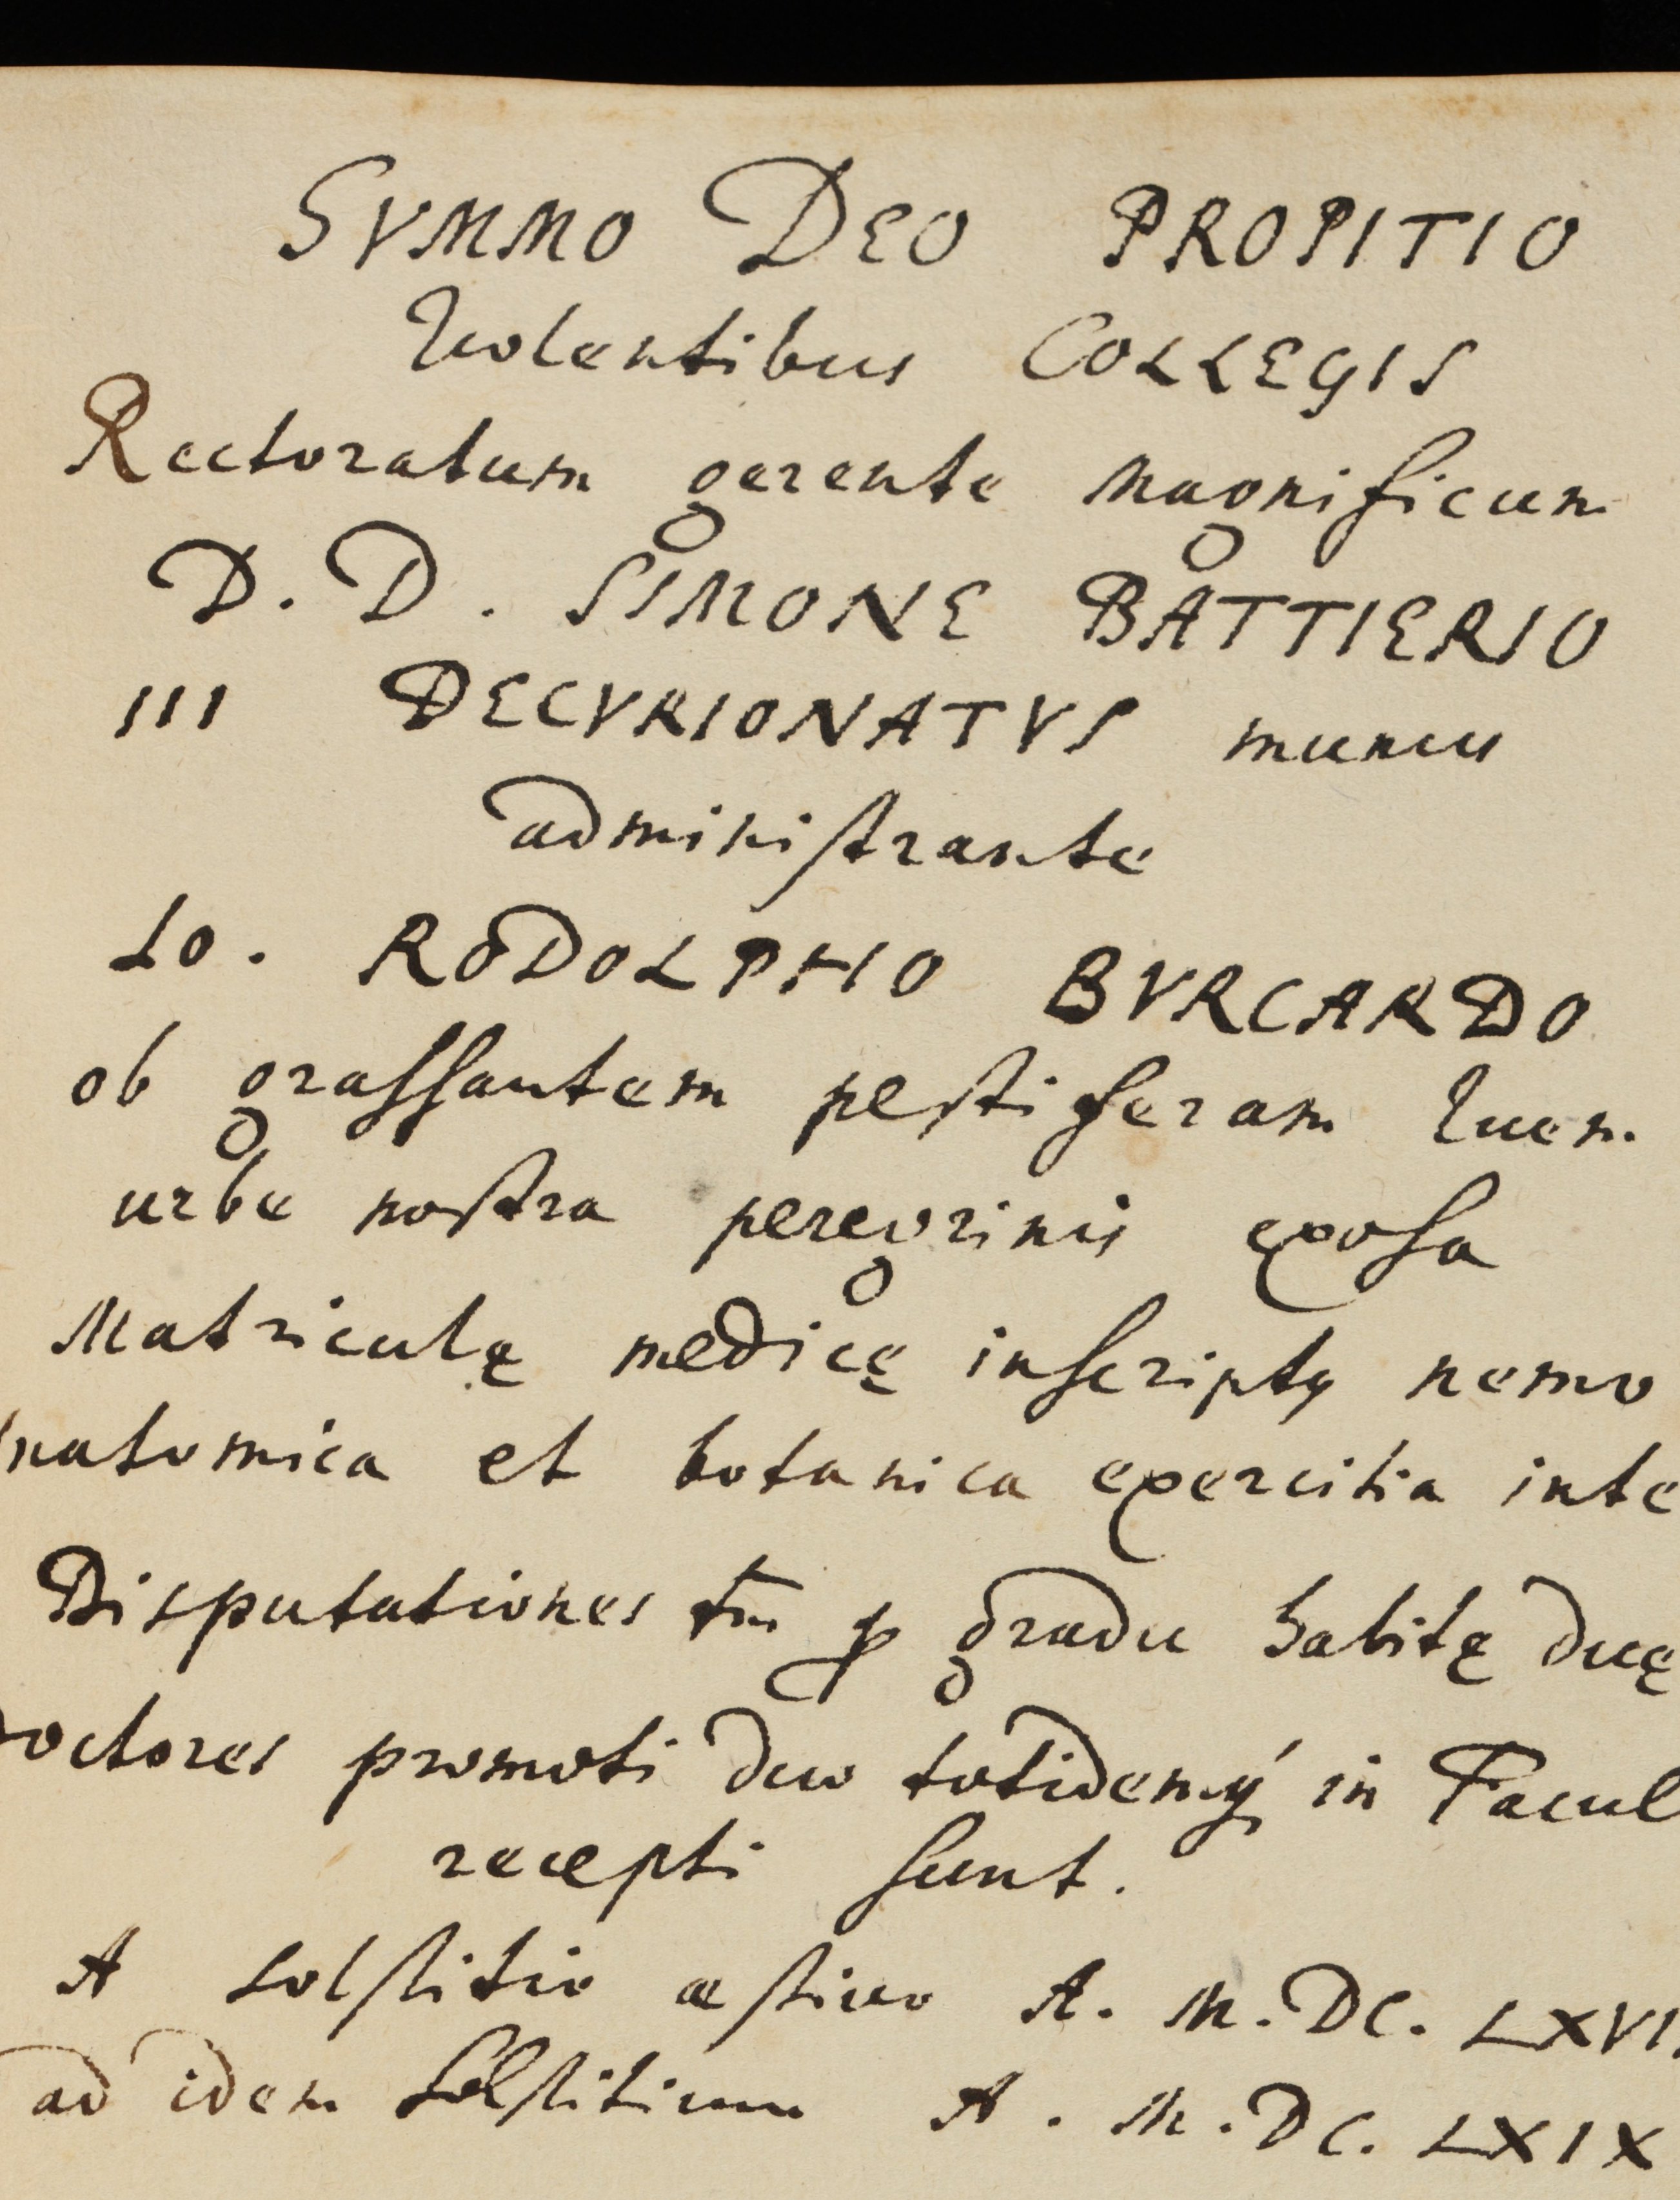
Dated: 1559–1800